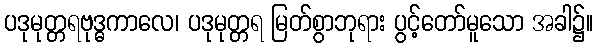
ပဒုမုတ္တရဗုဒ္ဓကာလေ၊ ပဒုမုတ္တရ မြတ်စွာဘုရား ပွင့်တော်မူသော အခါ၌။